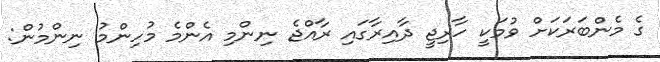
ގެ މެންބަރަކަށް ވުމަކީ ހާރިޖީ ދާއިރާގައި ރާއްޖެ ނިންމި އެންމެ މުހިންމު ނިންމުން: